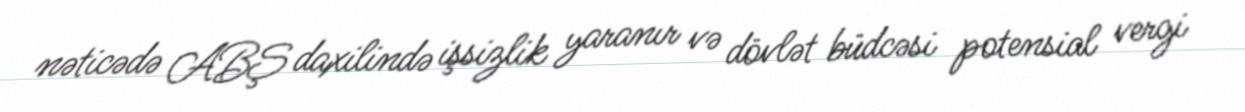
nəticədə ABŞ daxilində işsizlik yaranır və dövlət büdcəsi potensial vergi